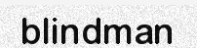
blindman